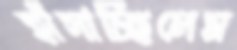
হাঁসাচ্ছিলেম